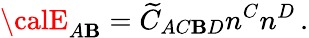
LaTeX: {\calE}_{A\mathbf{B}}=\widetilde{{C}}_{AC\mathbf{B}D}n^{C}n^{D}\, .